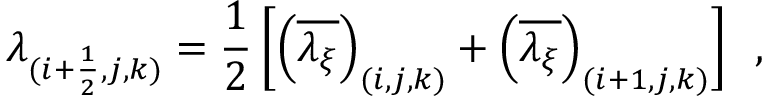
{ \lambda _ { ( i + \frac { 1 } { 2 } , j , k ) } = \frac { 1 } { 2 } \left[ \left( \overline { { \lambda _ { \xi } } } \right) _ { ( i , j , k ) } + \left( \overline { { \lambda _ { \xi } } } \right) _ { ( i + 1 , j , k ) } \right] \, \mathrm { ~ , ~ } }